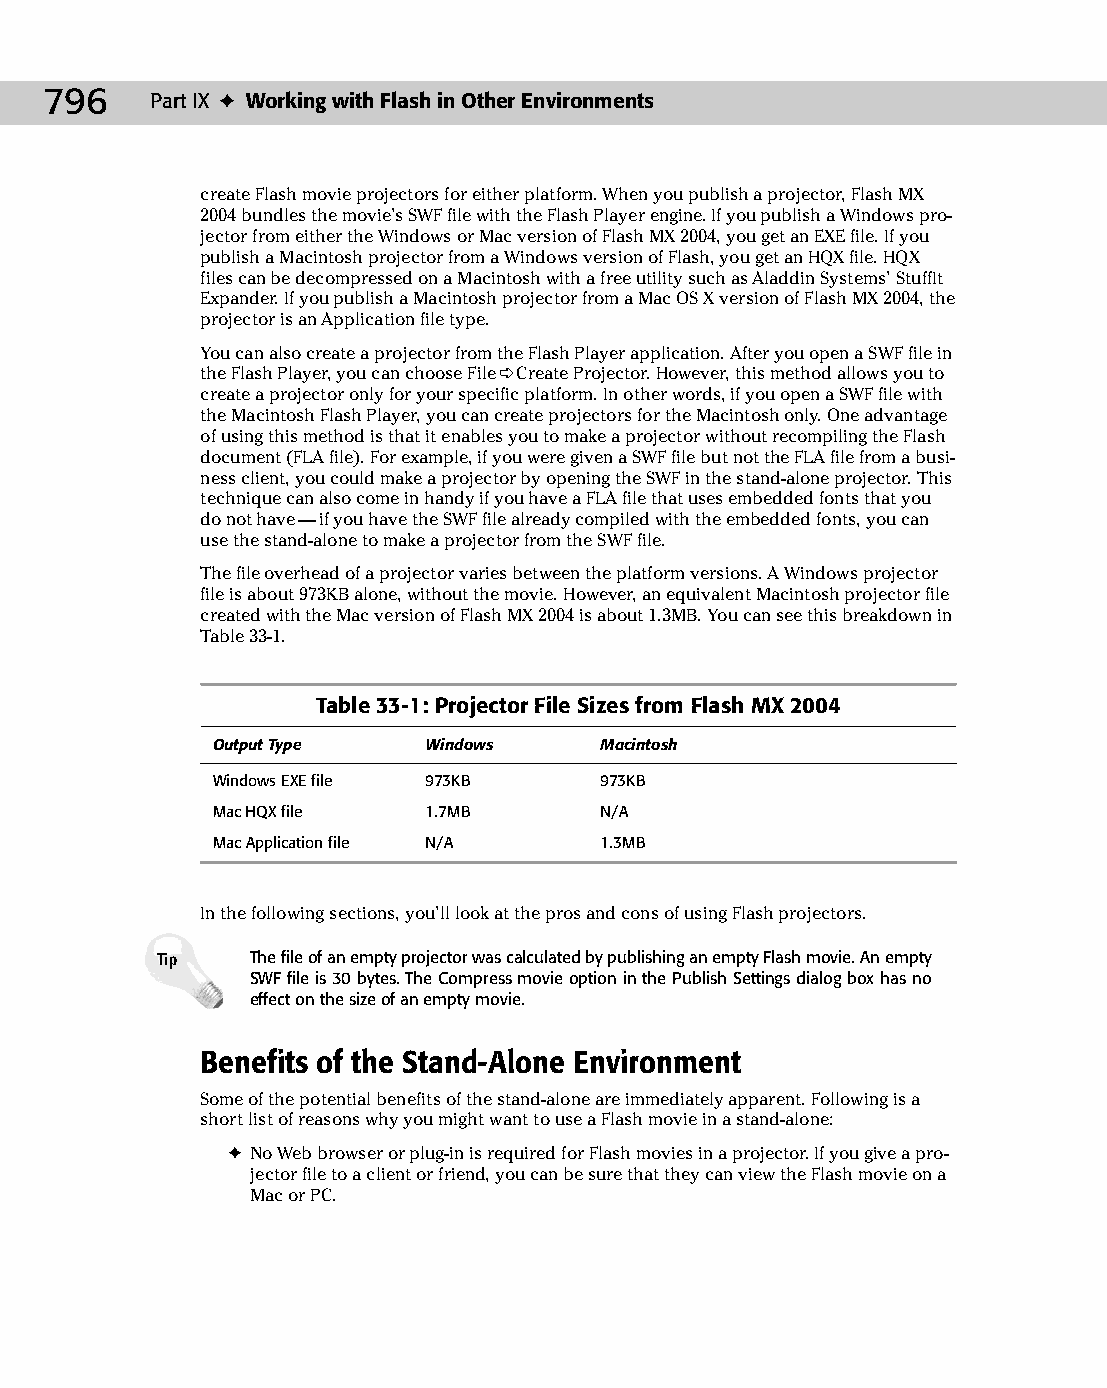
43 543547 ch33.qxd 3/24/04 4:16 PM Page 796
 796    Part IX ✦ Working with Flash in Other Environments
 create Flash movie projectors for either platform. When you publish a projector, Flash MX
 2004 bundles the movie’s SWF file with the Flash Player engine. If you publish a Windows pro­
 jector from either the Windows or Mac version of Flash MX 2004, you get an EXE file. If you
 publish a Macintosh projector from a Windows version of Flash, you get an HQX file. HQX
 files can be decompressed on a Macintosh with a free utility such as Aladdin Systems’ StuffIt
 Expander. If you publish a Macintosh projector from a Mac OS X version of Flash MX 2004, the
 projector is an Application file type.
 You can also create a projector from the Flash Player application. After you open a SWF file in
 the Flash Player, you can choose File ➪ Create Projector. However, this method allows you to
 create a projector only for your specific platform. In other words, if you open a SWF file with
 the Macintosh Flash Player, you can create projectors for the Macintosh only. One advantage
 of using this method is that it enables you to make a projector without recompiling the Flash
 document (FLA file). For example, if you were given a SWF file but not the FLA file from a busi­
 ness client, you could make a projector by opening the SWF in the stand-alone projector. This
 technique can also come in handy if you have a FLA file that uses embedded fonts that you
 do not have — if you have the SWF file already compiled with the embedded fonts, you can
 use the stand-alone to make a projector from the SWF file.
 The file overhead of a projector varies between the platform versions. A Windows projector
 file is about 973KB alone, without the movie. However, an equivalent Macintosh projector file
 created with the Mac version of Flash MX 2004 is about 1.3MB. You can see this breakdown in
 Table 33-1.
 Table 33-1: Projector File Sizes from Flash MX 2004
 Output Type   Windows     Macintosh
 Windows EXE file 973KB    973KB
 Mac HQX file  1.7MB       N/A
 Mac Application file N/A  1.3MB
 In the following sections, you’ll look at the pros and cons of using Flash projectors.
 Tip    The file of an empty projector was calculated by publishing an empty Flash movie. An empty
 SWF file is 30 bytes. The Compress movie option in the Publish Settings dialog box has no
 effect on the size of an empty movie.
 Benefits of the Stand-Alone Environment
 Some of the potential benefits of the stand-alone are immediately apparent. Following is a
 short list of reasons why you might want to use a Flash movie in a stand-alone:
 ✦ No Web browser or plug-in is required for Flash movies in a projector. If you give a pro­
 jector file to a client or friend, you can be sure that they can view the Flash movie on a
 Mac or PC.